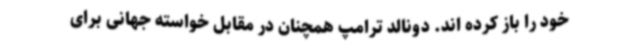
خود را باز کرده اند. دونالد ترامپ همچنان در مقابل خواسته جهانی برای